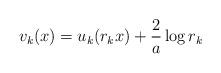
LaTeX: \begin{align*}v_k (x) = u_k (r_k x) + \frac{2}{a} \log r_k\end{align*}